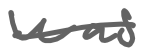
Text: was
Cross-out: single-line
Writing tool: digital_gray